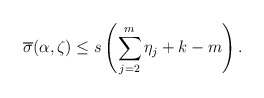
\begin{align*} \overline{\sigma}(\alpha,\zeta)\leq s\left(\sum_{j=2}^{m} \eta_{j}+ k-m\right).\end{align*}